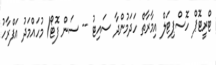
ޓްރީޓޮޕް ހޮސްޕިޓަލް އިމާރާތް ހަދަމުންދާ ސައިޓު -- ސަން ފޮޓޯ/ މުހައްމަދު އަފްރާހު